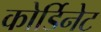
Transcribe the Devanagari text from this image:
कोर्डिनेट